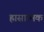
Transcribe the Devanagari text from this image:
ह्रासात्मक